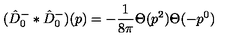
( \hat { D } _ { 0 } ^ { - } \ast \hat { D } _ { 0 } ^ { - } ) ( p ) = - \frac { 1 } { 8 \pi } \Theta ( p ^ { 2 } ) \Theta ( - p ^ { 0 } )